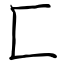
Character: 匚